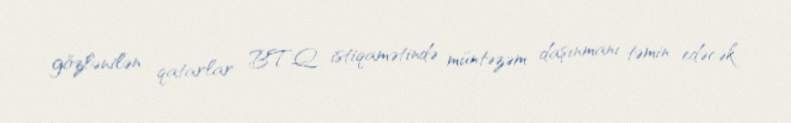
gözlənilən qatarlar BTQ istiqamətində müntəzəm daşınmanı təmin edəcək.